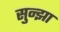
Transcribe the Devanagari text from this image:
सुन्झा